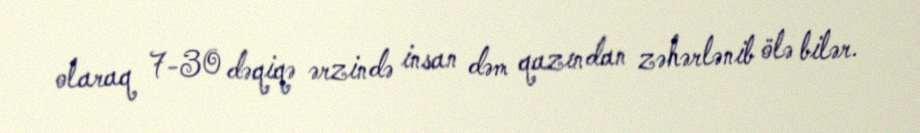
olaraq 7-30 dəqiqə ərzində insan dəm qazından zəhərlənib ölə bilər.